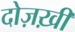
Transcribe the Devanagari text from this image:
दोज़ख़ी